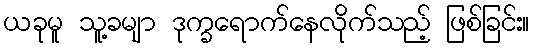
ယခုမူ သူ့ခမျာ ဒုက္ခရောက်နေလိုက်သည့် ဖြစ်ခြင်း။